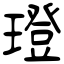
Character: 璒